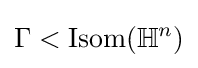
\Gamma <\mathrm {Isom} (\mathbb {H} ^{n})